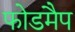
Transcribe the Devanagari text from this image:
फोडमैप